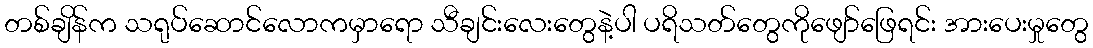
တစ်ချိန်က သရုပ်ဆောင်လောကမှာရော သီချင်းလေးတွေနဲ့ပါ ပရိသတ်တွေကိုဖျော်ဖြေရင်း အားပေးမှုတွေ